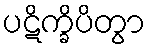
ပဋိက္ခိပိတွာ